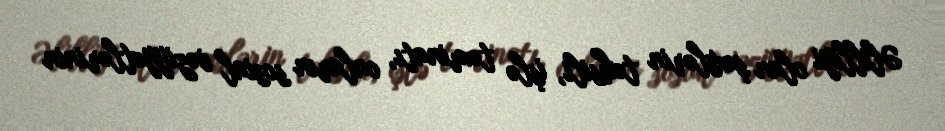
Əlilliyi olan şəxslərin təhsili, işlə təminatı, onların sosial vəziyyətlərinin